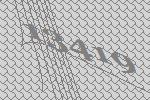
13419